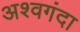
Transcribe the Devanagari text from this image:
अश्वगंदा